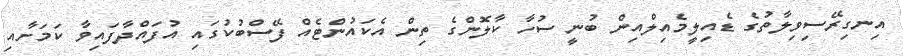
އިނގިރޭސިވިލާތުގެ ޑެއިލީމެއިލްއިން ބުނީ ސުހާ ކާލޮންގެ ތިން އެކައުންޓެއް ފޭސްބުކުގައި އުފައްދާފައިވާ ކަމަށާއި